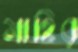
মাহির